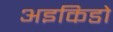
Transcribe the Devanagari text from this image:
अइकिडो